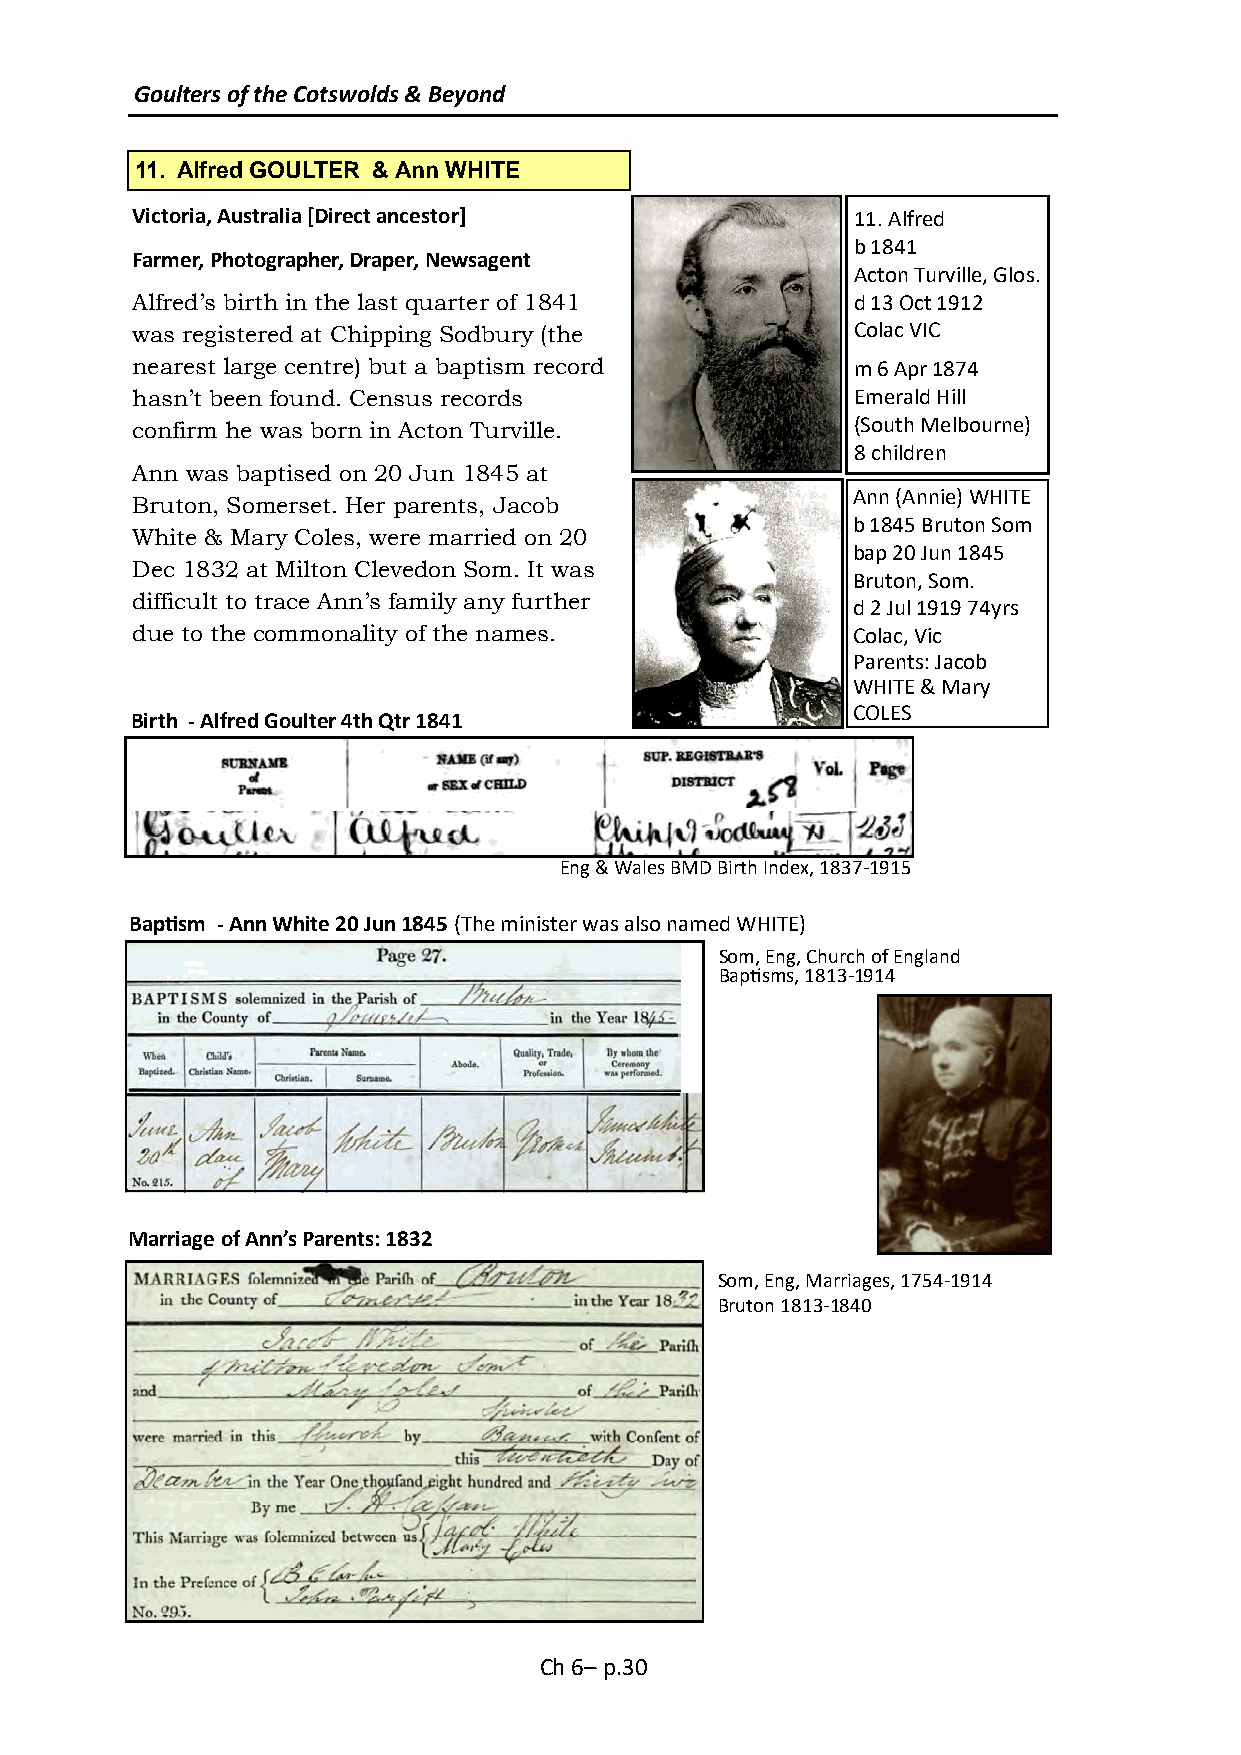
Goulters of the Cotswolds & Beyond
 11. Alfred GOULTER & Ann WHITE
 Victoria, Australia [Direct ancestor]           11. Alfred
 b 1841
 Farmer, Photographer, Draper, Newsagent
 Acton Turville, Glos.
 Alfred’s birth in the last quarter of 1841      d 13 Oct 1912
 was registered at Chipping Sodbury (the         Colac VIC
 nearest large centre) but a baptism record      m 6 Apr 1874
 hasn’t been found. Census records               Emerald Hill
 confirm he was born in Acton Turville.          (South Melbourne)
 8 children
 Ann was baptised on 20 Jun 1845 at
 Ann (Annie) WHITE
 Bruton, Somerset. Her parents, Jacob
 b 1845 Bruton Som
 White & Mary Coles, were married on 20
 bap 20 Jun 1845
 Dec 1832 at Milton Clevedon Som. It was
 Bruton, Som.
 difficult to trace Ann’s family any further
 d 2 Jul 1919 74yrs
 due to the commonality of the names.           Colac, Vic
 Parents: Jacob
 WHITE & Mary
 COLES
 Birth - Alfred Goulter 4th Qtr 1841
 Eng & Wales BMD Birth Index, 1837-1915
 Baptism - Ann White 20 Jun 1845 (The minister was also named WHITE)
 Som, Eng, Church of England
 Baptisms, 1813-1914
 Marriage of Ann’s Parents: 1832
 Som, Eng, Marriages, 1754-1914
 Bruton 1813-1840
 Ch 6– p.30